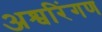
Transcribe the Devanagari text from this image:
अश्वरिंगण